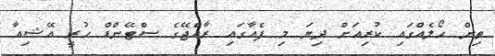
ތިން ހޯލެއްގައި ކުރިއަށް ދިޔަ މި ފެއާގައި ރާއްޖޭގެ ސްޓޭންޑް ހުރީ އޭޝިއާ